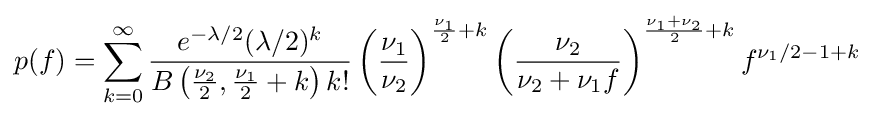
p(f)=\sum \limits _{k=0}^{\infty }{\frac {e^{-\lambda /2}(\lambda /2)^{k}}{B\left({\frac {\nu _{2}}{2}},{\frac {\nu _{1}}{2}}+k\right)k!}}\left({\frac {\nu _{1}}{\nu _{2}}}\right)^{{\frac {\nu _{1}}{2}}+k}\left({\frac {\nu _{2}}{\nu _{2}+\nu _{1}f}}\right)^{{\frac {\nu _{1}+\nu _{2}}{2}}+k}f^{\nu _{1}/2-1+k}